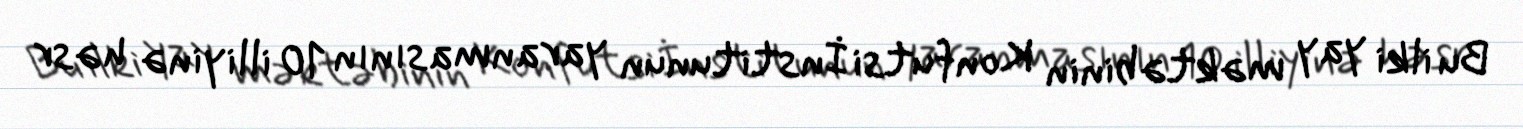
Bu ilki yay məktəbinin Konfutsi İnstitunun yaranmasının 10 illiyinə həsr